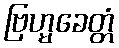
ဗြဟ္မခေတ္တံ